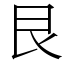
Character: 艮